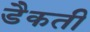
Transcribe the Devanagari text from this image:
डैकती